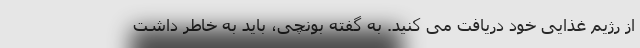
از رژیم غذایی خود دریافت می کنید. به گفته بونچی، باید به خاطر داشت